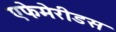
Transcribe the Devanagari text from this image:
एफेमेरीडस